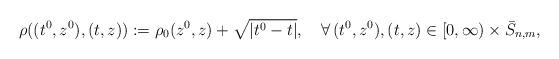
LaTeX: \begin{align*}\rho((t^0,z^0),(t,z)) := \rho_0(z^0,z) + \sqrt{|t^0-t|},\quad\forall\, (t^0,z^0), (t,z) \in [0,\infty)\times\bar S_{n,m},\end{align*}